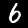
Digit: 6